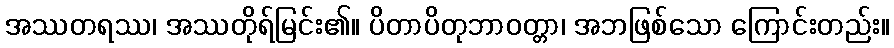
အဿတရဿ၊ အဿတိုရ်မြင်း၏။ ပိတာပိတုဘာဝတ္တာ၊ အဘဖြစ်သော ကြောင်းတည်း။